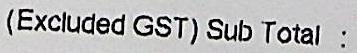
(EXCLUDED GST) SUB TOTAL :